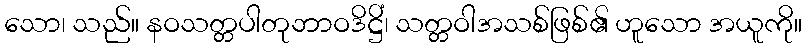
သော၊ သည်။ နဝသတ္တပါတုဘာဝဒိဋ္ဌိံ၊ သတ္တဝါအသစ်ဖြစ်၏ ဟူသော အယူကို။